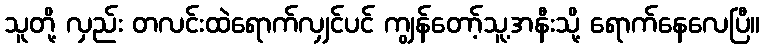
သူတို့ လှည်း တလင်းထဲရောက်လျှင်ပင် ကျွန်တော့်သူ့အနီးသို့ ရောက်နေလေပြီ။